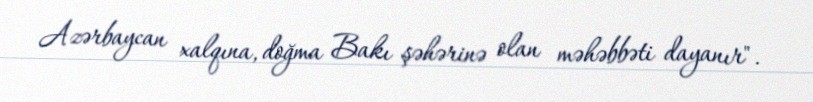
Azərbaycan xalqına, doğma Bakı şəhərinə olan məhəbbəti dayanır".